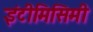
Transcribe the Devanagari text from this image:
इंटीमिसिमी